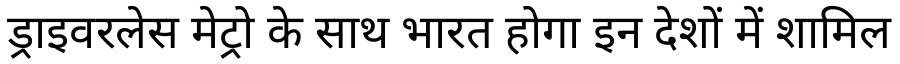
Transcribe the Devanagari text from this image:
ड्राइवरलेस मेट्रो के साथ भारत होगा इन देशों में शामिल